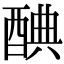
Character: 𨡏